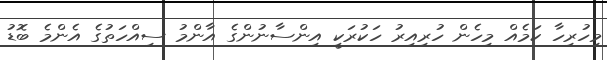
މިހުރިހާ ކަމެއް މިހެން ހުރިއިރު ހަކުރަކީ އިންސާނުންގެ އާންމު ސިއްހަތުގެ އެންމެ ބޮޑު